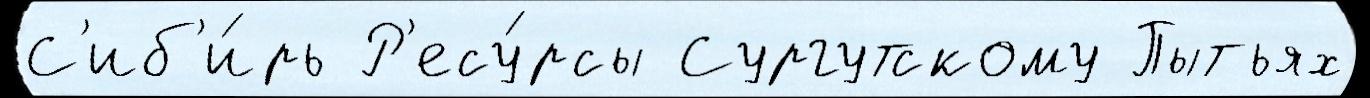
С'иб'и́рь Р'есу́рсы Сургутскому Пытьях